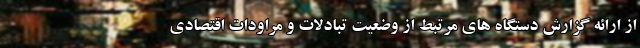
از ارائه گزارش دستگاه های مرتبط از وضعیت تبادلات و مراودات اقتصادی